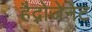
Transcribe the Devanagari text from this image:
हैद्रोजेनेट